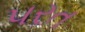
પરત